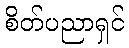
စိတ်ပညာရှင်